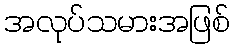
အလုပ်သမားအဖြစ်